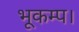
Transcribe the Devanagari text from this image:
भूकम्प।